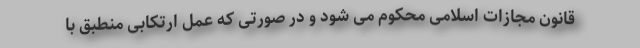
قانون مجازات اسلامی محکوم می شود و در صورتی که عمل ارتکابی منطبق با